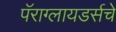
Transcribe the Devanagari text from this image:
पॅराग्लायडर्सचे